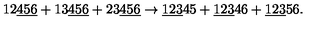
1 2 \underline { { 4 5 6 } } + 1 3 \underline { { 4 5 6 } } + 2 3 \underline { { 4 5 6 } } \rightarrow \underline { { 1 2 3 } } 4 5 + \underline { { 1 2 3 } } 4 6 + \underline { { 1 2 3 } } 5 6 .